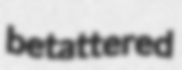
betattered